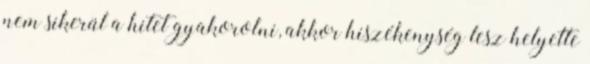
nem sikerül a hitet gyakorolni, akkor hiszékenység lesz helyette